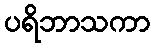
ပရိဘာသကာ